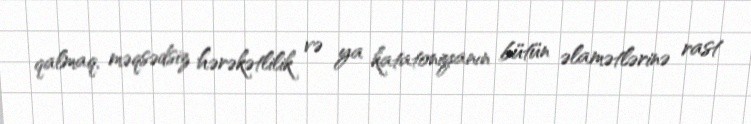
qalmaq, məqsədsiz hərəkətlilik və ya katatoniyanın bütün əlamətlərinə rast